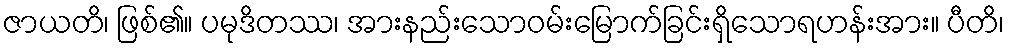
ဇာယတိ၊ ဖြစ်၏။ ပမုဒိတဿ၊ အားနည်းသောဝမ်းမြောက်ခြင်းရှိသောရဟန်းအား။ ပီတိ၊